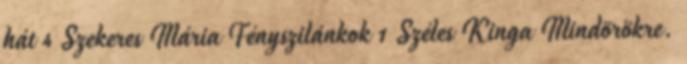
hát 4 Szekeres Mária Fényszilánkok 1 Széles Kinga Mindörökre.